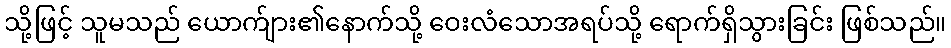
သို့ဖြင့် သူမသည် ယောက်ျား၏နောက်သို့ ဝေးလံသောအရပ်သို့ ရောက်ရှိသွားခြင်း ဖြစ်သည်။